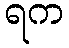
ရက